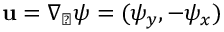
\mathbf { u } = \nabla _ { \perp } \psi = ( \psi _ { y } , - \psi _ { x } )